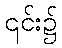
၎င်း၌